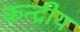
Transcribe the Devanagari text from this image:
कन्द्रीय